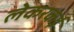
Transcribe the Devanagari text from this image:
लेकरकई